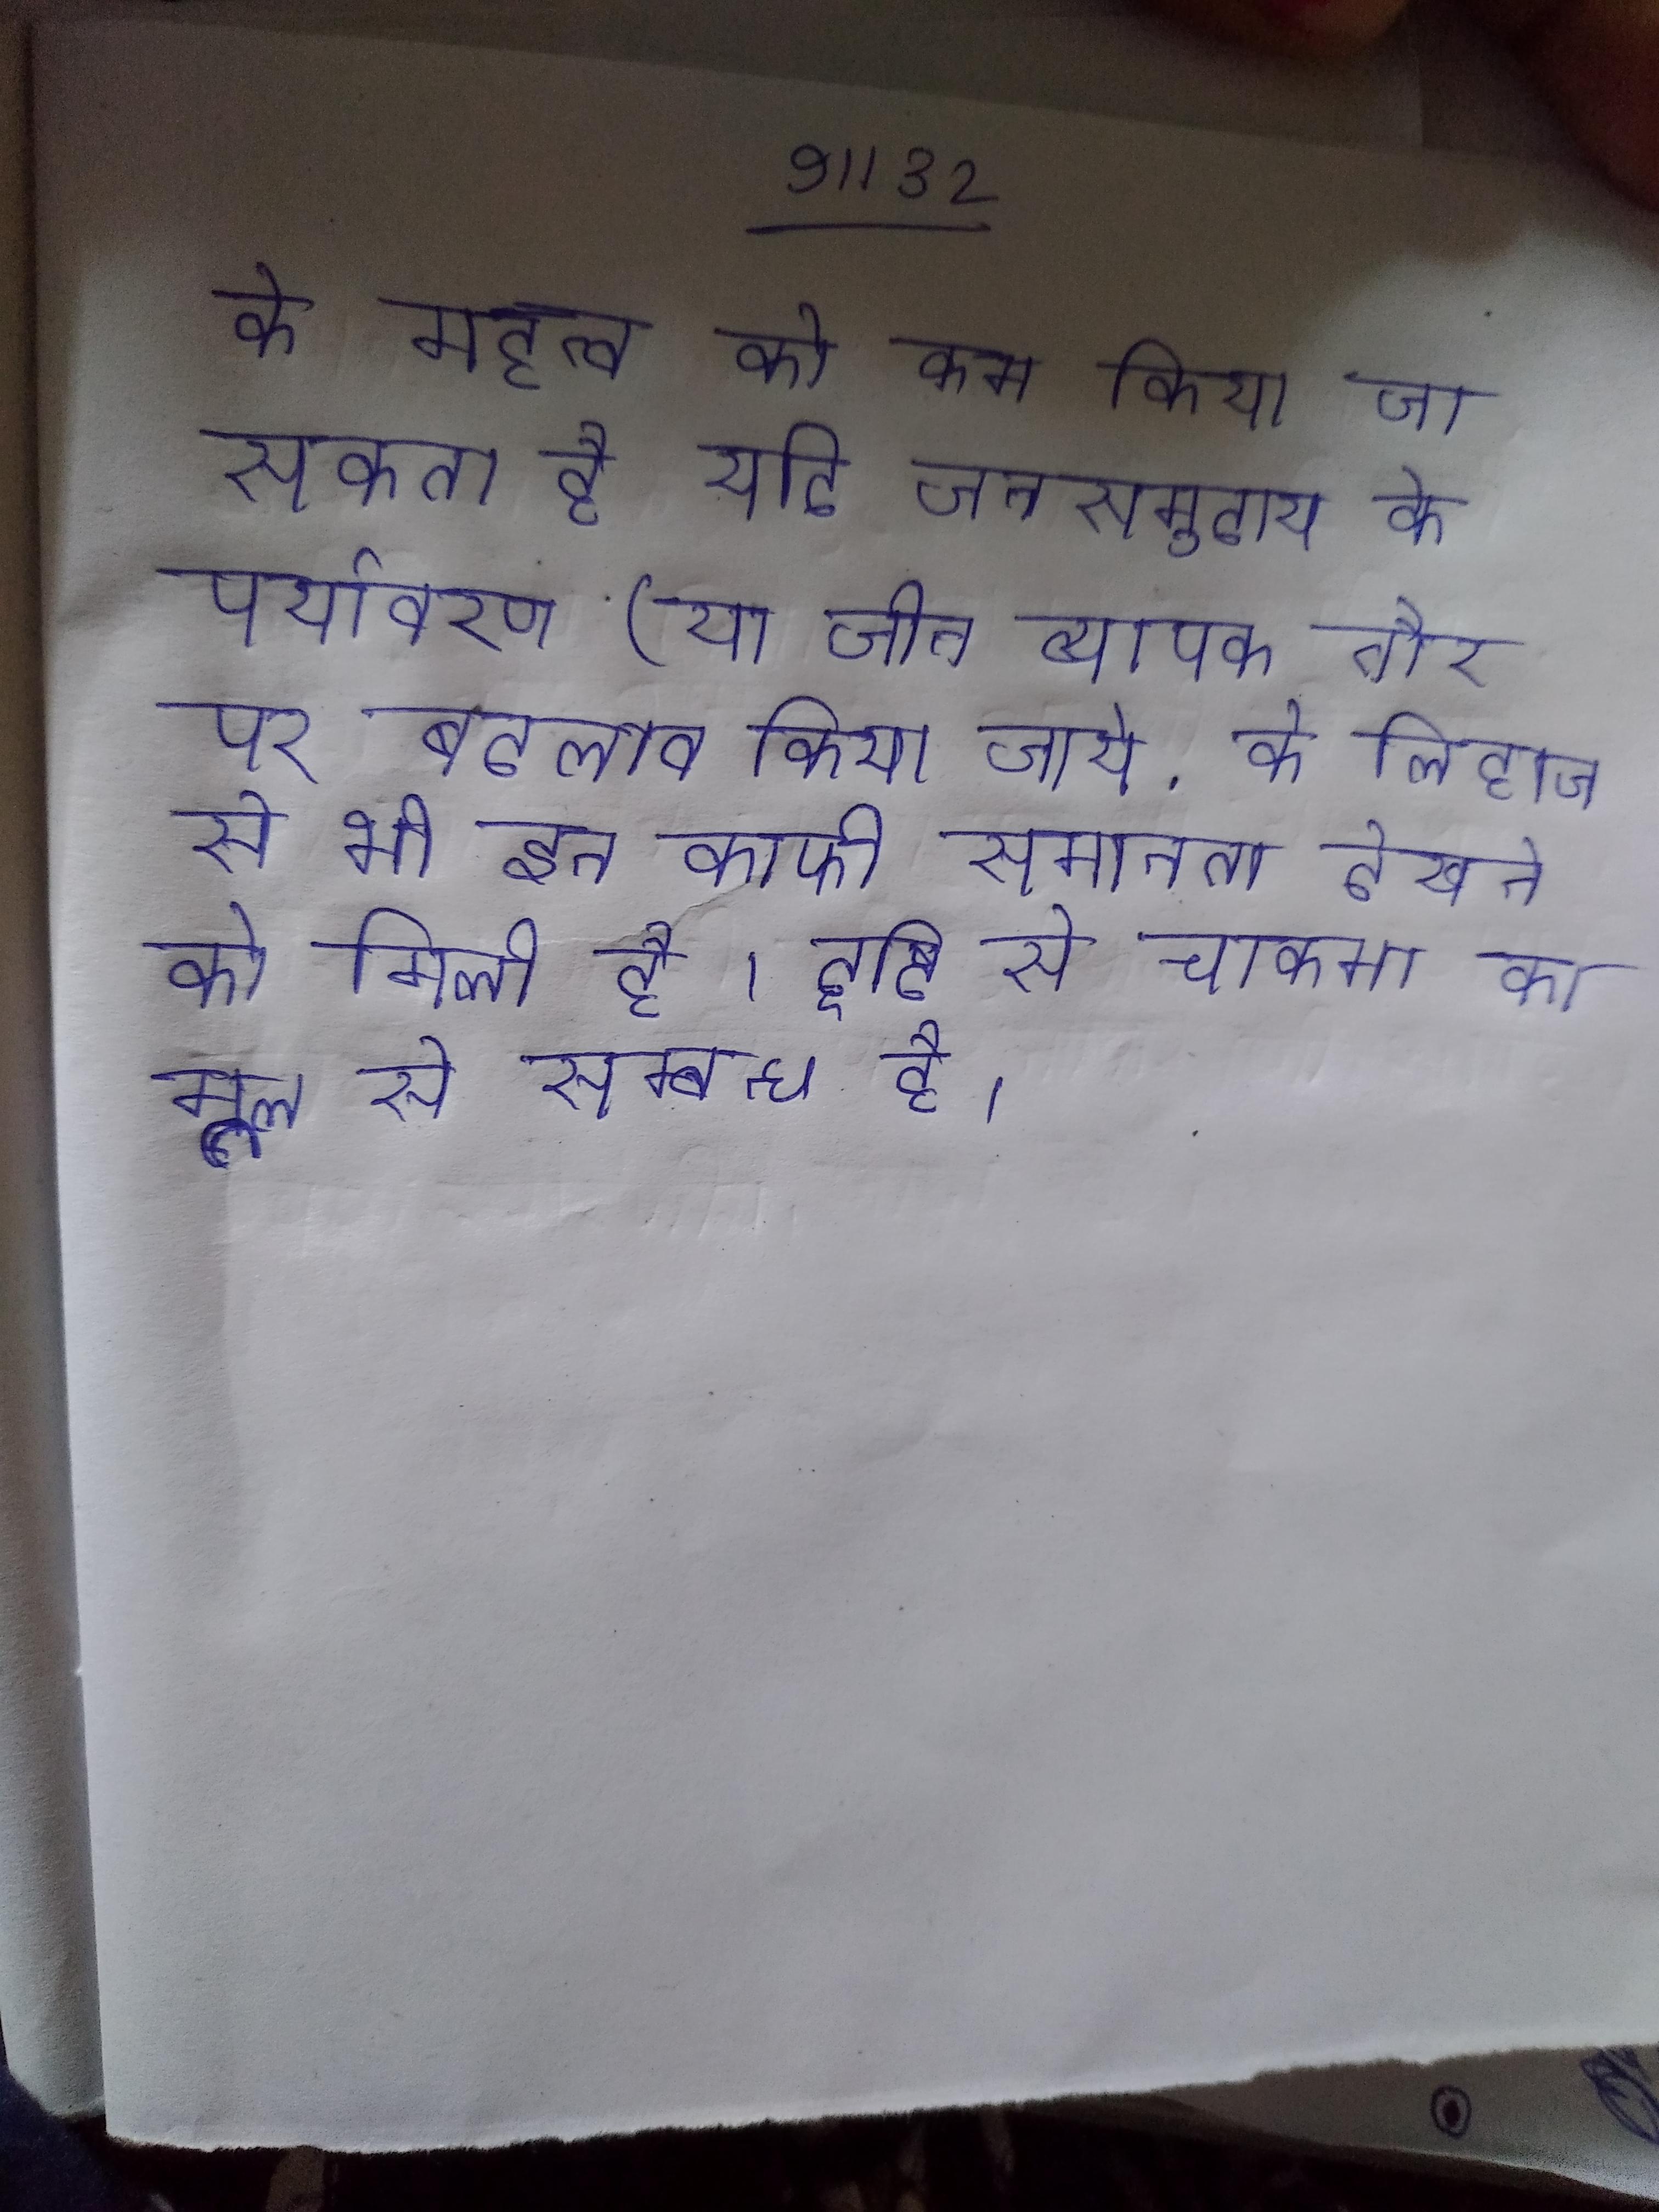
के महत्व को कम किया जा सकता है यदि जनसमुदाय के पर्यावरण (या जीन व्यापक तौर पर बदलाव किया जाये . के लिहाज से भी इन काफी समानता देखने को मिली है । दृष्टि से चकमा का बर्मा व तिब्बत की मूल से सम्बन्ध है ।